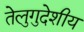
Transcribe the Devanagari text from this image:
तेलुगुदेशीय